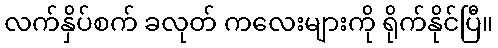
လက်နှိပ်စက် ခလုတ် ကလေးများကို ရိုက်နိုင်ပြီ။